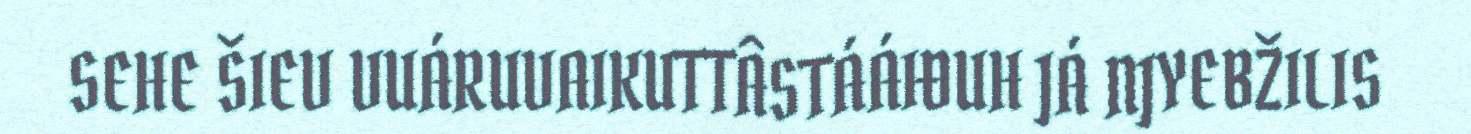
SEHE ŠIEV VUÁRUVAIKUTTÂSTÁÁIĐUH JÁ NJYEBŽILIS